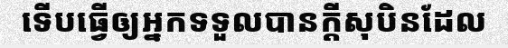
ទើបធ្វើឲ្យអ្នកទទួលបានក្តីសុបិនដែល